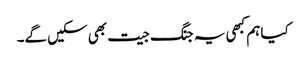
کیا ہم کبھی یہ جنگ جیت بھی سکیں گے۔